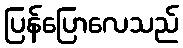
ပြန်ပြောလေသည်